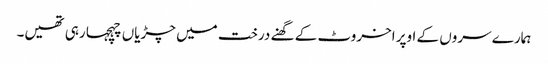
ہمارے سروں کے اوپر اخروٹ کے گھنے درخت میں چڑیاں چہچہا رہی تھیں۔